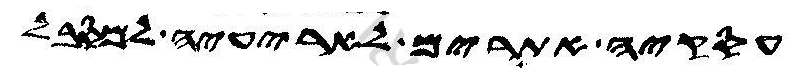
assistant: עסקיה אתרים לאריעיה למסבל